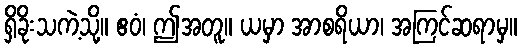
ရှိခိုးသကဲ့သို့။ ဧဝံ၊ ဤအတူ။ ယမှာ အာစရိယာ၊ အကြင်ဆရာမှ။